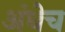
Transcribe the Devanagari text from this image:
अंधेच